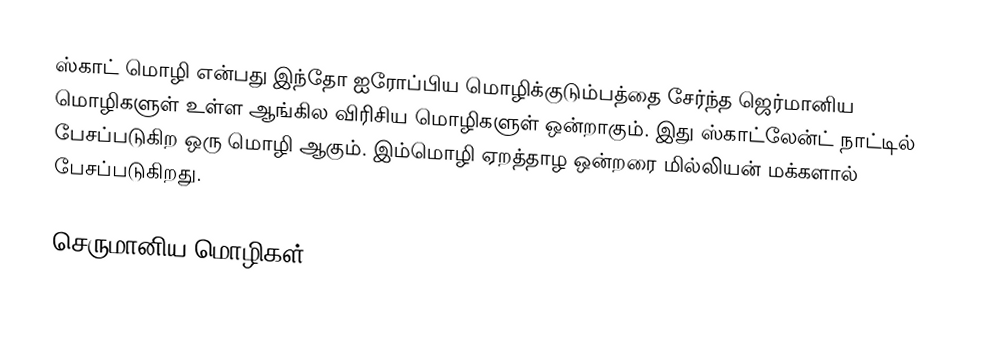
ஸ்காட் மொழி என்பது இந்தோ ஐரோப்பிய மொழிக்குடும்பத்தை சேர்ந்த ஜெர்மானிய மொழிகளுள் உள்ள ஆங்கில விரிசிய மொழிகளுள் ஒன்றாகும். இது ஸ்காட்‌லேன்ட் நாட்டில் பேசப்படுகிற ஒரு மொழி ஆகும். இம்மொழி ஏறத்தாழ ஒன்றரை மில்லியன் மக்களால் பேசப்படுகிறது.

செருமானிய மொழிகள்